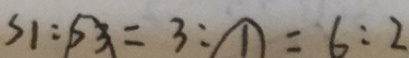
S 1 : S 3 = 3 : \textcircled { 1 } = 6 : 2